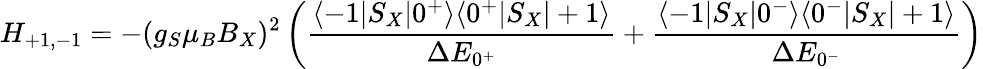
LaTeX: H_{+1,-1}=-(g_{S}\mu_{B}B_{X})^{2}\left(\frac{\langle-1|S_{X}|0^{+}\rangle\langle 0^{+}|S_{X}|+1\rangle}{\Delta E_{0^{+}}}+\frac{\langle-1|S_{X}|0^{-}\rangle\langle 0^{-}|S_{X}|+1\rangle}{\Delta E_{0^{-}}}\right)